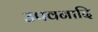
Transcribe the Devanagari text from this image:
उपवनादि